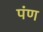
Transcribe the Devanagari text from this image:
पंण